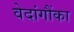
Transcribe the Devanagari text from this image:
वेदांगौंका